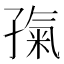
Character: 𡦎